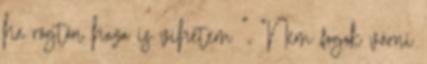
ha rögtön haza is vihetem ”, “Nem fogok várni